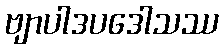
ဗျာပါဒပဒေါသဿ